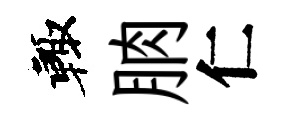
輙朒仁